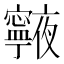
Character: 𭔧